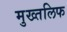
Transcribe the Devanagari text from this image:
मुख्तलिफ